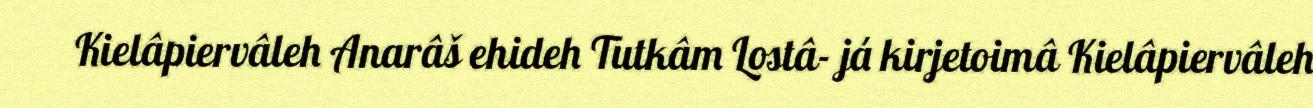
Kielâpiervâleh Anarâš ehideh Tutkâm Lostâ- já kirjetoimâ Kielâpiervâleh